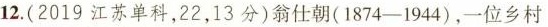
12.(2019江苏单科，22，13分)翁仕朝(1874-1944)，一位乡村